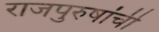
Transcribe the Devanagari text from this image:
राजपुरुषांची